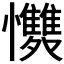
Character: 𭟩